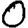
Digit: 0